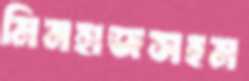
মিনহাজসহম